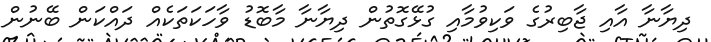
ދިޔާނާ އާއި ޖާބިރުގެ ވަކިވުމާއި ގުޅޭގޮތުން ދިޔާނާ މާބޮޑު ވާހަކަތަކެއް ދައްކަން ބޭނުން